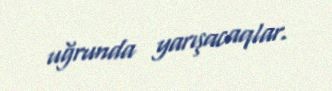
uğrunda yarışacaqlar.